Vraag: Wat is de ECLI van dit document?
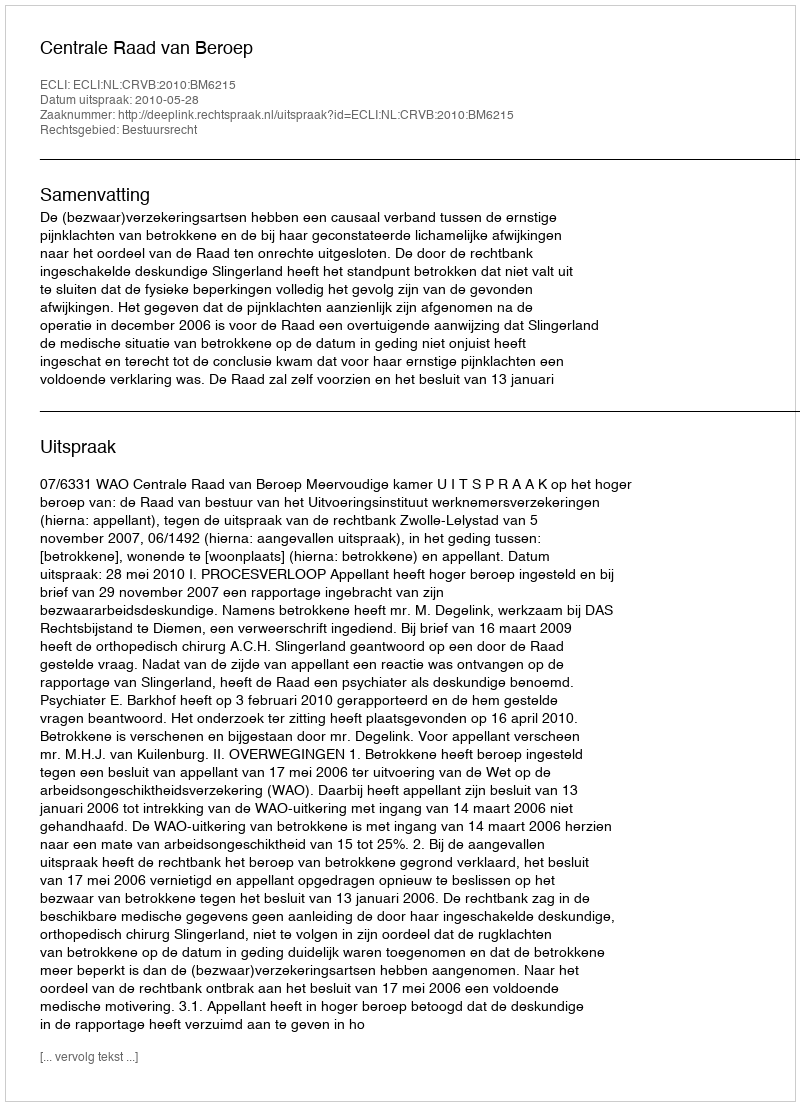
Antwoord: ECLI:NL:CRVB:2010:BM6215